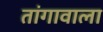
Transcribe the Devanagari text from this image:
तांगावाला